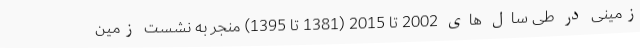
زمینی در طی سال های 2002 تا 2015 (1381 تا 1395) منجر به نشست زمین